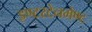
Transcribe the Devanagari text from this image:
इण्टरटेनमेण्ट